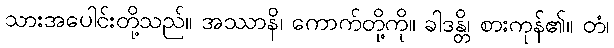
သားအပေါင်းတို့သည်။ အဿာနိ၊ ကောက်တို့ကို။ ခါဒန္တိ၊ စားကုန်၏။ တံ၊